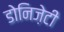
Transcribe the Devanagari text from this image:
डोनिज़ेटी